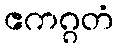
ဧကဂ္ဂတံ